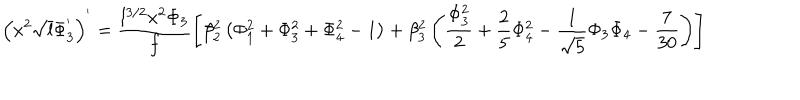
\left( x ^ { 2 } \sqrt { l } \Phi _ { 3 } ^ { ' } \right) ^ { ' } = \frac { l ^ { 3 / 2 } x ^ { 2 } \Phi _ { 3 } } { f } \left[ \beta _ { 2 } ^ { 2 } \left( \Phi _ { 1 } ^ { 2 } + \Phi _ { 3 } ^ { 2 } + \Phi _ { 4 } ^ { 2 } - 1 \right) + \beta _ { 3 } ^ { 2 } \left( \frac { \Phi _ { 3 } ^ { 2 } } { 2 } + \frac { 2 } { 5 } \Phi _ { 4 } ^ { 2 } - \frac { 1 } { \sqrt { 5 } } \Phi _ { 3 } \Phi _ { 4 } - \frac { 7 } { 3 0 } \right) \right]